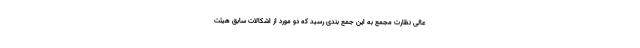
عالی نظارت مجمع به این جمع بندی رسید که دو مورد از اشکالات سابق هیئت